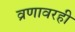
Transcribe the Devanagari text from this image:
व्रणावरही